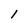
Character: 1